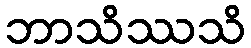
ဘာသိဿသိ